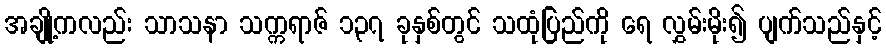
အချို့ကလည်း သာသနာ သက္ကရာဇ် ၁၃၇ ခုနှစ်တွင် သထုံပြည်ကို ရေ လွှမ်းမိုး၍ ပျက်သည်နှင့်